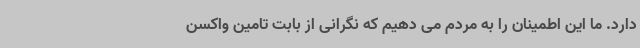
دارد. ما این اطمینان را به مردم می دهیم که نگرانی از بابت تامین واکسن